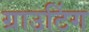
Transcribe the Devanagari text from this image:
ग्राउटिंग